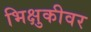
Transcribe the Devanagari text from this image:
भिक्षुकीवर